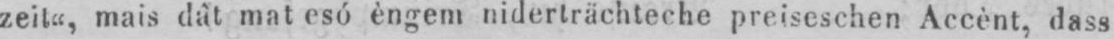
zeit“, mais dât mat esó èngem niderträchteche preiseschen Accènt, dass